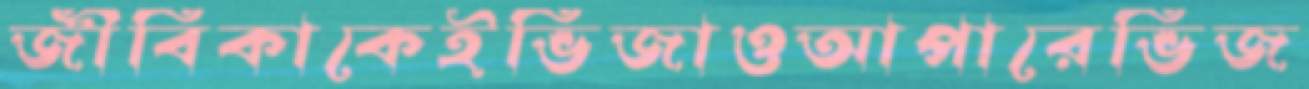
জীবিকাকেইভিজাওআপারেভিজ